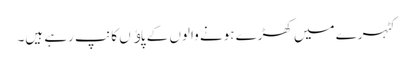
کٹہرے میں کھڑے ہونے والوں کے پاﺅں کانپ رہے ہیں۔